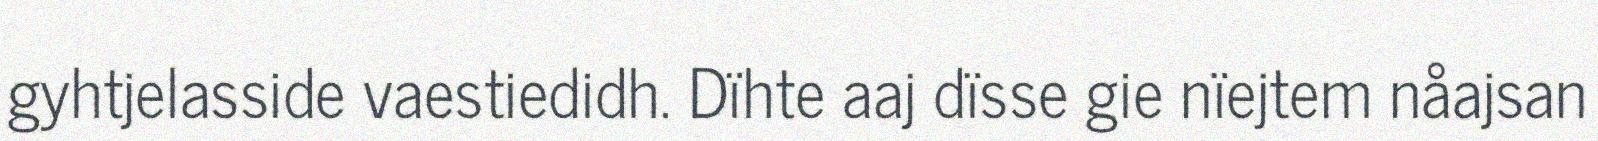
gyhtjelasside vaestiedidh. Dïhte aaj dïsse gie nïejtem nåajsan